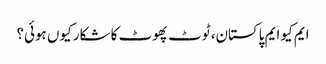
ایم کیو ایم پاکستان، ٹوٹ پھوٹ کا شکار کیوں ہوئی؟